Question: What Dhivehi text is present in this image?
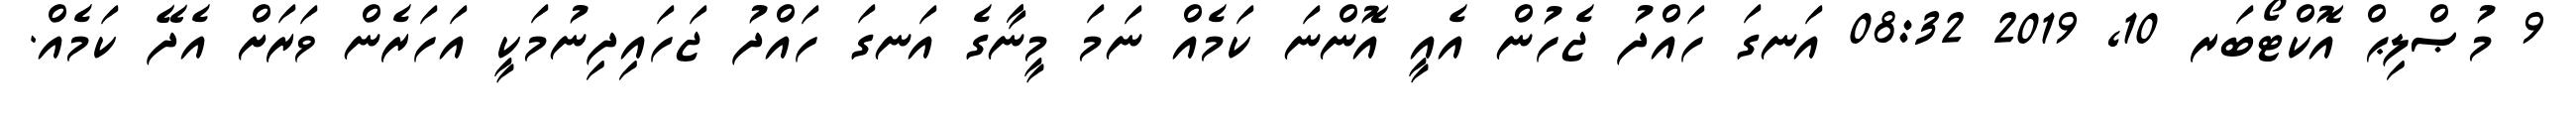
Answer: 9 މުޞްލިޙް އޮކްޓޯބަރ 10, 2019 08:32 އަނގަ ހައްދު ޖެހުން އެއީ އޮންނަ ކަމެއް ނަމަ މީނާގެ އަނގަ ހައްދު ޖަހައިދިނުމަކީ އަހަރެން ވަރަށް އެދޭ ކަމެއް.